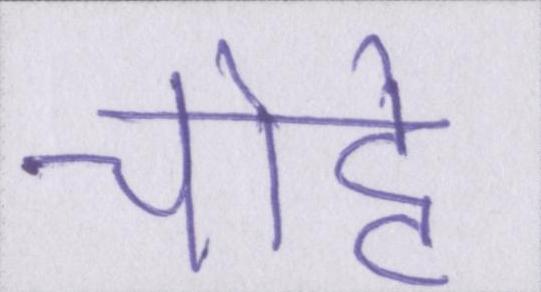
चोट्टे